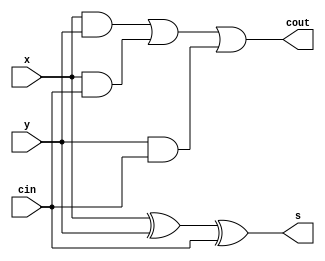
module full_adder_22 (
    input x,
    input y,
    input cin,
    output reg s,
    output reg cout
  );
  
  
  
  reg i;
  reg j;
  reg k;
  
  always @* begin
    s = x ^ y ^ cin;
    i = x & y;
    j = x & cin;
    k = y & cin;
    cout = i | j | k;
  end
endmodule